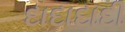
દાદાદાદી